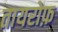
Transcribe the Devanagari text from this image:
तायरोफ़